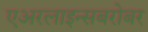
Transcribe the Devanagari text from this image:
एअरलाइन्सबरोबर